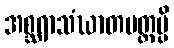
အစ္ဆရာသံဃာတမတ္တမ္ပိ